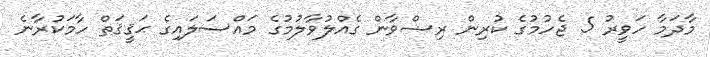
މާދަމާ ހަވީރު 5 ޖެހުމުގެ ކުރިން ރިޟްވާން ގެއްލުވާލުމުގެ މައްސަލައިގެ ޙަޤީޤަތް ހާމަކުރާނެ